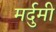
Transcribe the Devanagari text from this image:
मर्दुमी